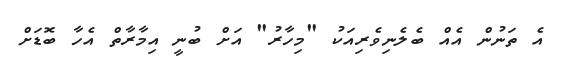
އެ ތަނުން އެއް ބެލެނިވެރިއަކު "މިހާރު" އަށް ބުނީ އިމާރާތް އެހާ ބޮޑަށް